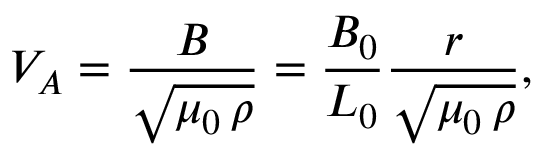
V _ { A } = \frac { B } { \sqrt { \mu _ { 0 } \, \rho } } = \frac { B _ { 0 } } { L _ { 0 } } \frac { r } { \sqrt { \mu _ { 0 } \, \rho } } ,